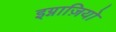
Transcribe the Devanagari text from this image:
इग्नाज़ियो